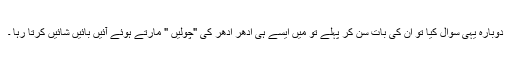
دوبارہ یہی سوال کیا تو ان کی بات سن کر پہلے تو میں ایسے ہی ادھر ادھر کی "چولیں " مارتے ہوئے آئیں بائیں شائیں کرتا رہا ۔